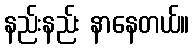
နည်းနည်း နာနေတယ်။